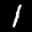
Label: 1